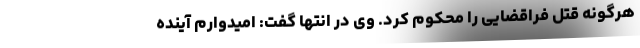
هرگونه قتل فراقضایی را محکوم کرد. وی در انتها گفت: امیدوارم آینده